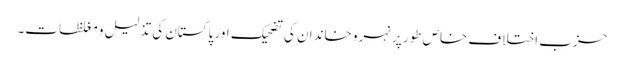
حزب اختلاف خاص طور پر نہرو خاندان کی تضحیک اور پاکستان کی تذلیل و مغلظات۔